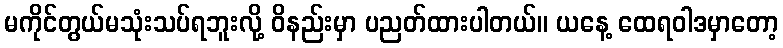
မကိုင်တွယ်မသုံးသပ်ရဘူးလို့ ဝိနည်းမှာ ပညတ်ထားပါတယ်။ ယနေ့ ထေရဝါဒမှာတော့